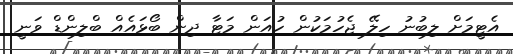
އެޓީމަށް ލިބުނު ހިލޭ ޖެހުމަކުން ހުއަން މަޓާ ދިން ބޯޅައެއް ބްލިންޑް ވަނީ